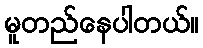
မူတည်နေပါတယ်။